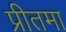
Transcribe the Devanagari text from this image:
प्रीतमा